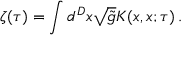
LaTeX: \zeta ( \tau ) = \int d ^ { D } x \sqrt { \tilde { g } } K ( x , x ; \tau ) \, .